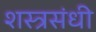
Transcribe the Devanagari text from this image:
शस्त्रसंधी